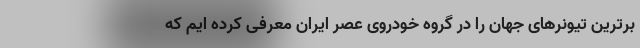
برترین تیونرهای جهان را در گروه خودروی عصر ایران معرفی کرده ایم که